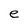
Character: e